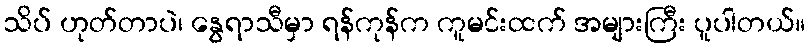
သိပ် ဟုတ်တာပဲ၊ နွေရာသီမှာ ရန်ကုန်က ကူမင်းထက် အများကြီး ပူပါတယ်။